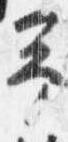
予